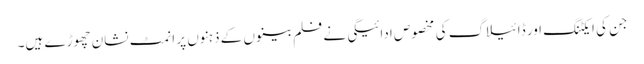
جن کی ایکٹنگ اور ڈائیلاگ کی مخصوص ادائیگی نے فلم بینوں کے ذہنوں پر انمٹ نشان چھوڑے ہیں۔